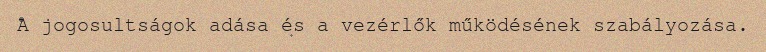
A jogosultságok adása és a vezérlők működésének szabályozása.